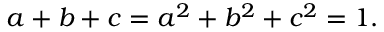
a + b + c = a ^ { 2 } + b ^ { 2 } + c ^ { 2 } = 1 .